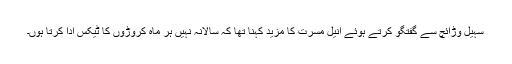
سہیل وڑائچ سے گفتگو کرتے ہوئے انیل مسرت کا مزید کہنا تھا کہ سالانہ نہیں ہر ماہ کروڑوں کا ٹیکس ادا کرتا ہوں۔